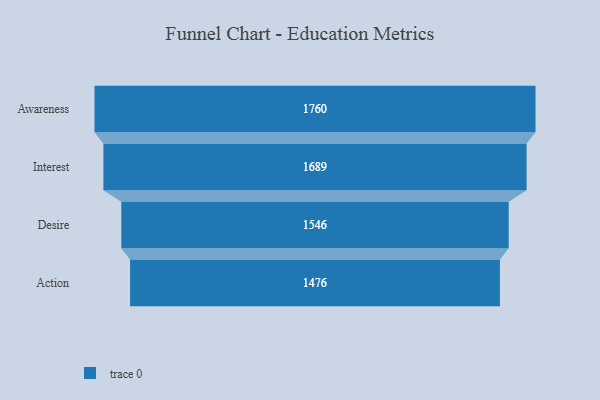
{"axis": {"x": "Stage", "y": "Value"}, "legend": [""], "data": [{"x": "Awareness", "y": 1760.0, "type": ""}, {"x": "Interest", "y": 1689.0, "type": ""}, {"x": "Desire", "y": 1546.0, "type": ""}, {"x": "Action", "y": 1476.0, "type": ""}]}